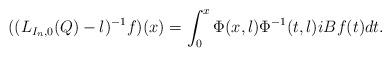
LaTeX: \begin{align*} ((L_{I_n,0}(Q) - \l)^{-1} f)(x) = \int_0^x \Phi(x,\l) \Phi^{-1}(t,\l) i B f(t) dt.\end{align*}